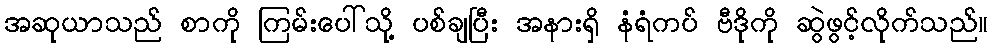
အဆုယာသည် စာကို ကြမ်းပေါ်သို့ ပစ်ချပြီး အနားရှိ နံရံကပ် ဗီဒိုကို ဆွဲဖွင့်လိုက်သည်။